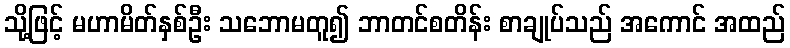
သို့ဖြင့် မဟာမိတ်နှစ်ဦး သဘောမတူ၍ ဘာတင်စတိန်း စာချုပ်သည် အကောင် အထည်